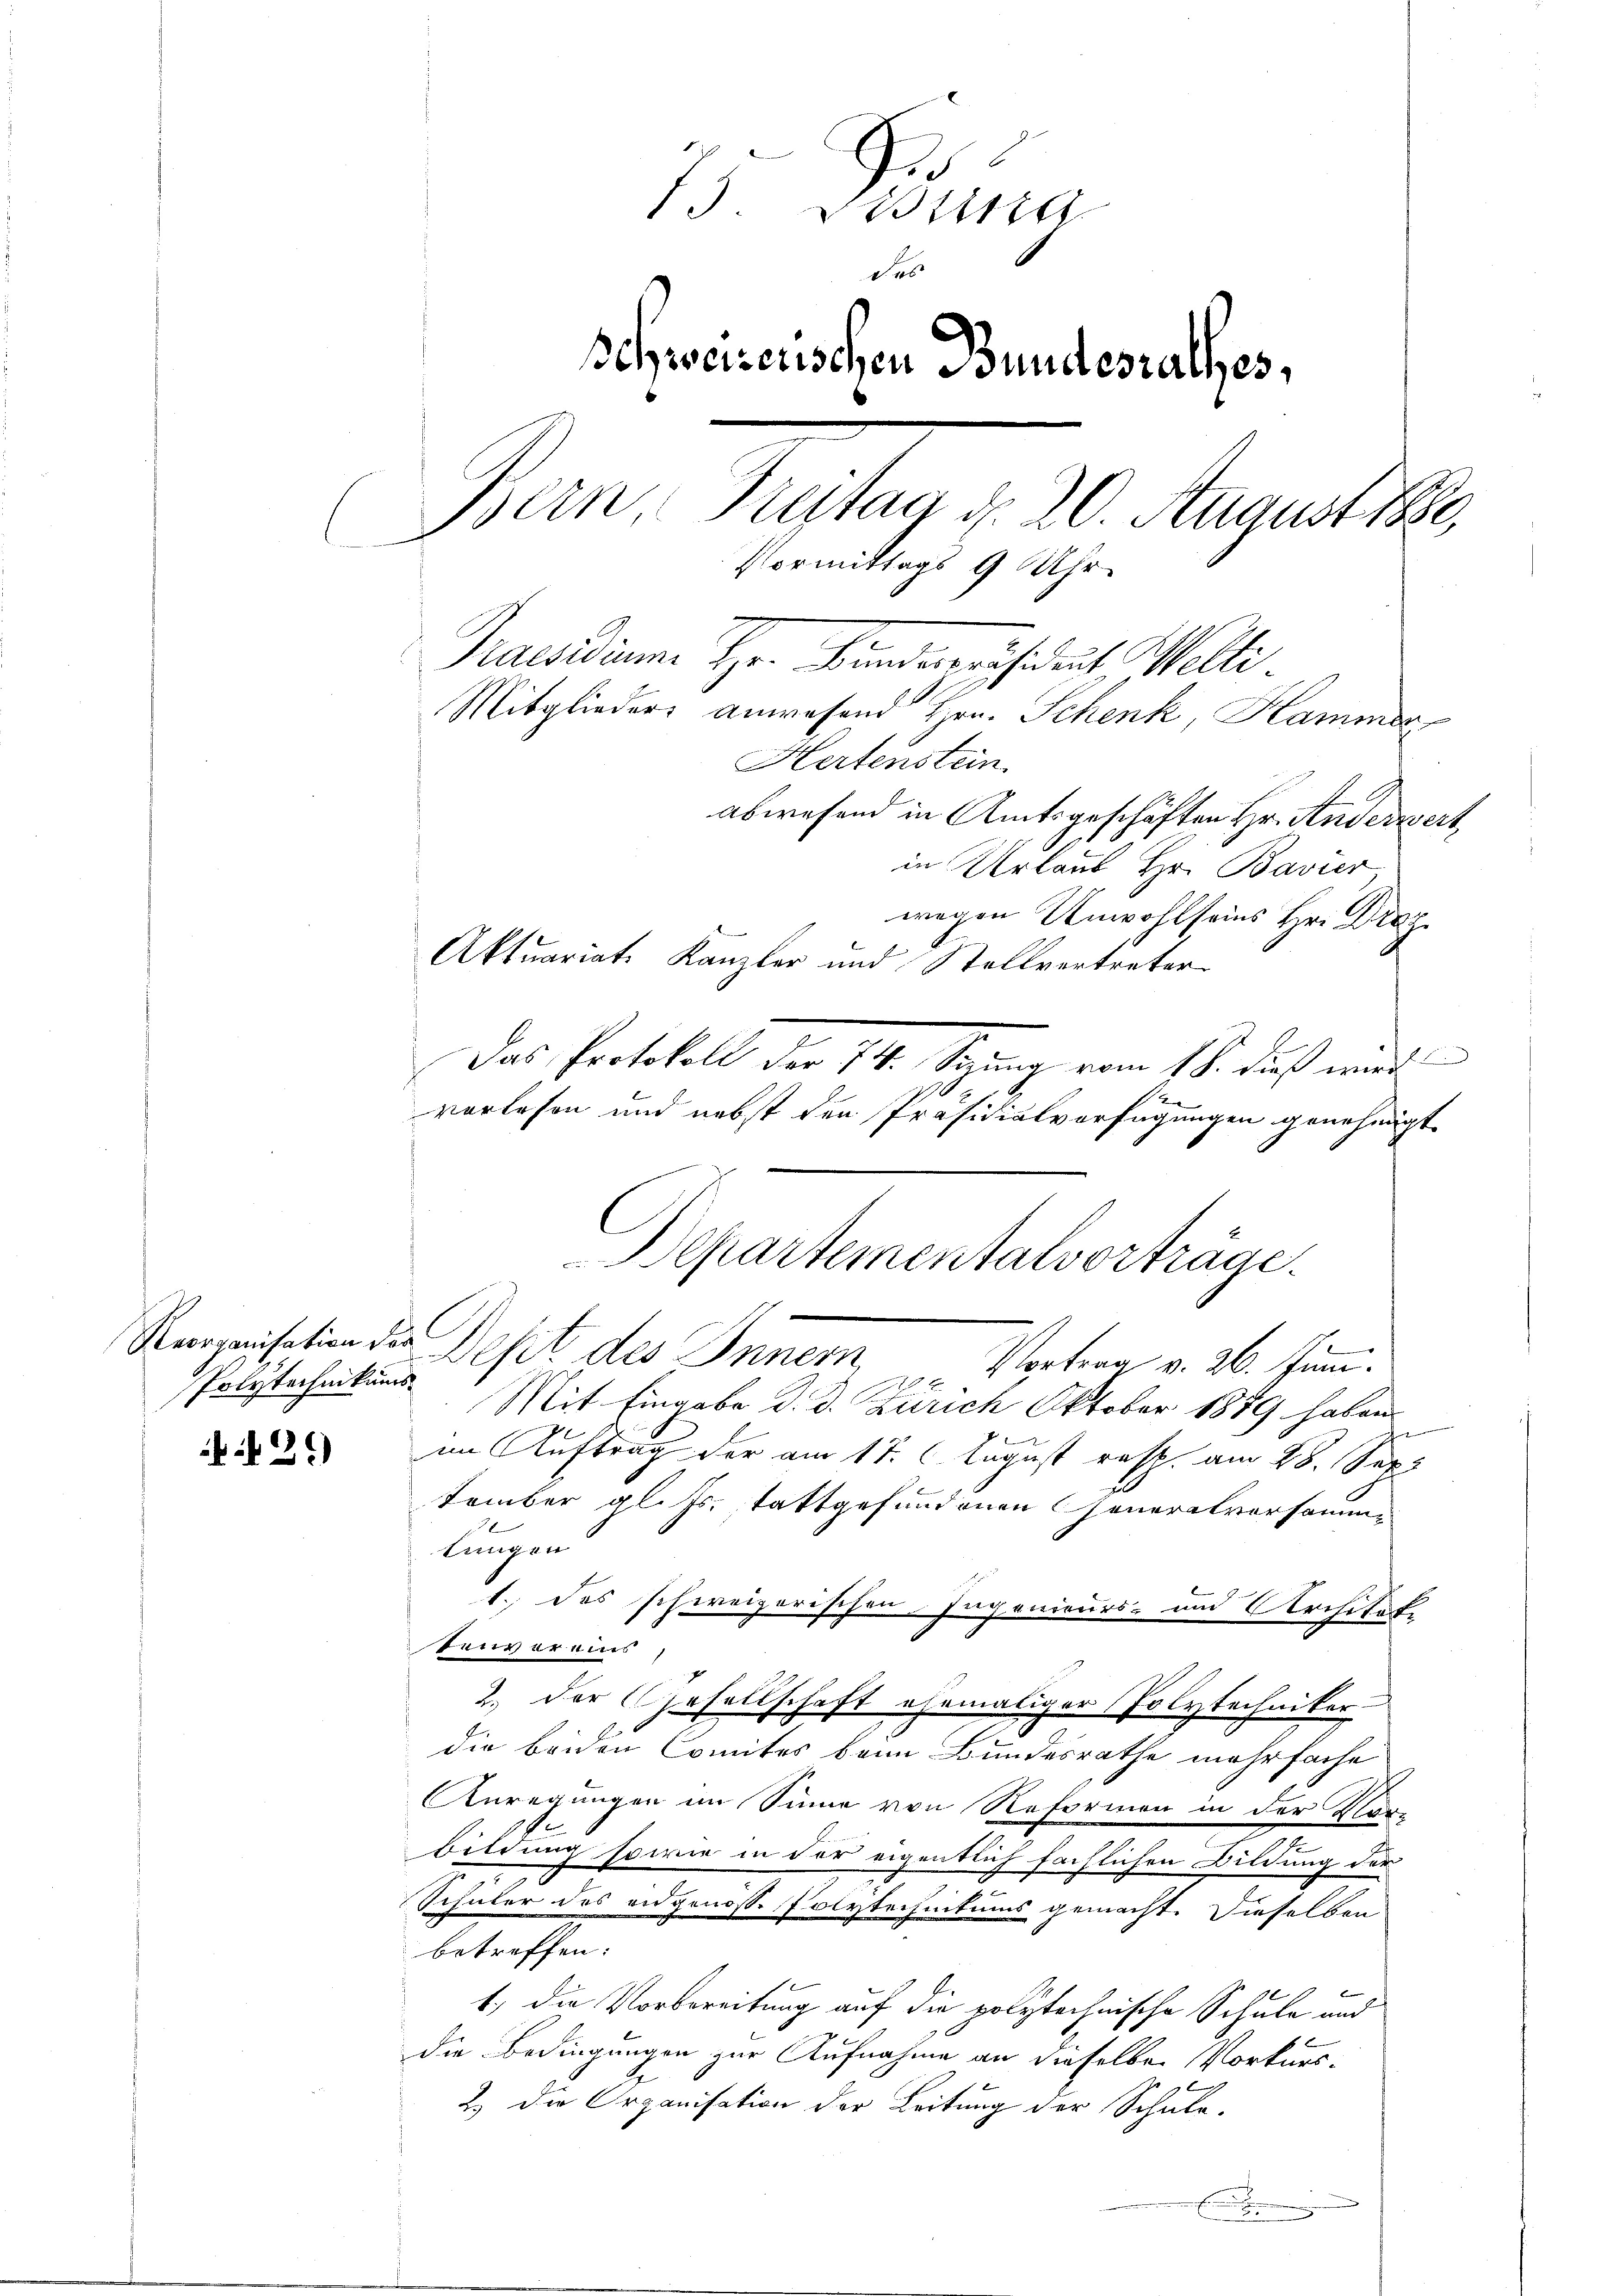
Reorganisation der
Polytechnikums

29)

13. Distina
Schweizerischen Bundesrathes,
Bern
Treitag d. 20. Augustice,
Vormittags 9 Uhr.
Praesidium Hr. Bundepräsideat Welti
Mitglieders anwesend Hrn. Schenk, Hammer
Hertenstein

abwesend in Amtsgeschäften Hr. Anderzers
in Urlaub Hr. Bavier
wegen Unwohl seins Hr. Drag
Aktuariat Kanzler und Stellvertreter
Das Protokoll der 14. Sezung vom 18. Fuß mit
vorlesen und nebst den Präsidialverfügungen genehmigt.
Dept des Innem Voten v. 20. Juni
Mit Eingabe d. d. Zürich Oktober 1889 haben.
im Auftrag der am 17. C. August resp. am 28. Sep
tember gl. Js. tattgefundenen Generalversammtungen
1.) des schweizerischen Ingenieurs- und Architete
Beim er aus
2.) Der Gesellschaft ehemaliger Polytechniker.
die beiden Comites beim Bundesrathe mehrfache
Anregungen im Sinne von Reformen in der Phan-
.
Bildung sowie in der eigentlich fächlichen Bildung der
J.
Schüler des eidgenosse Polytechnitums gemacht. Dieselben
betreffen:
1.) Die Vorbereitung auf die polytechnische Schule und
die Bedingungen zur Aufnahme an dieselben Vorkurs¬
2.) Die Organisation der Leitung der Schule.
.

Departementalvorträge.